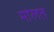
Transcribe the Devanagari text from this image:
मालत